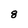
Character: 8